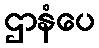
ဌာနံပေ